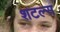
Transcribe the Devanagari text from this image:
शटल्स